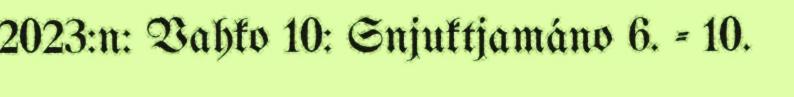
2023:n: Vahko 10: Snjuktjamáno 6. - 10.